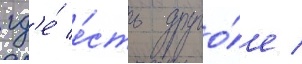
гд'е́ е́сть друго́е /